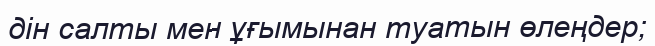
дін салты мен ұғымынан туатын өлеңдер;